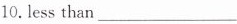
10.less than___